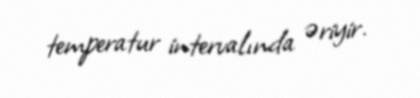
temperatur intervalında əriyir.